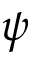
\psi